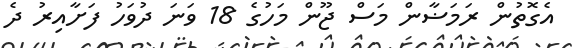
އެގޮތުން ރަމަޟާން މަސް ޖޫން މަހުގެ 18 ވަނަ ދުވަހު ފަށާއިރު ދެ